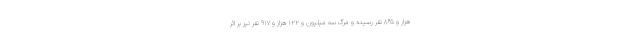
هزار و ۸۶۵ نفر رسیده و مرگ سه میلیون و ۱۲۲ هزار و ۹۱۷ نفر نیز بر اثر